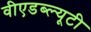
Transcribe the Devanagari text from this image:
वीएडब्ल्यूटी